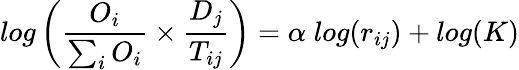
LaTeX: log\left(\frac{O_{i}}{\sum_{i}O_{i}}\times\frac{D_{j}}{T_{ij}}\right)=\alpha\; log(r_{ij})+log(K)